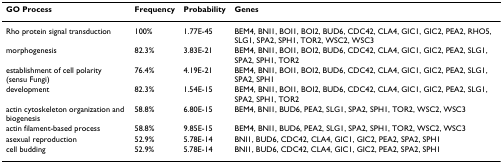
<table><thead><tr><td><b>GO Process</b></td><td><b>Frequency</b></td><td><b>Probability</b></td><td><b>Genes</b></td></tr></thead><tbody><tr><td>Rho protein signal transduction</td><td>100%</td><td>1.77E-45</td><td>BEM4, BNI1, BOI1, BOI2, BUD6, CDC42, CLA4, GIC1, GIC2, PEA2, RHO5, SLG1, SPA2, SPH1, TOR2, WSC2, WSC3</td></tr><tr><td>morphogenesis</td><td>82.3%</td><td>3.83E-21</td><td>BEM4, BNI1, BOI1, BOI2, BUD6, CDC42, CLA4, GIC1, GIC2, PEA2, SLG1, SPA2, SPH1, TOR2</td></tr><tr><td>establishment of cell polarity (sensu Fungi)</td><td>76.4%</td><td>4.19E-21</td><td>BEM4, BNI1, BOI1, BOI2, BUD6, CDC42, CLA4, GIC1, GIC2, PEA2, SLG1, SPA2, SPH1</td></tr><tr><td>development</td><td>82.3%</td><td>1.54E-15</td><td>BEM4, BNI1, BOI1, BOI2, BUD6, CDC42, CLA4, GIC1, GIC2, PEA2, SLG1, SPA2, SPH1, TOR2</td></tr><tr><td>actin cytoskeleton organization and biogenesis</td><td>58.8%</td><td>6.80E-15</td><td>BEM4, BNI1, BUD6, PEA2, SLG1, SPA2, SPH1, TOR2, WSC2, WSC3</td></tr><tr><td>actin filament-based process</td><td>58.8%</td><td>9.85E-15</td><td>BEM4, BNI1, BUD6, PEA2, SLG1, SPA2, SPH1, TOR2, WSC2, WSC3</td></tr><tr><td>asexual reproduction</td><td>52.9%</td><td>5.78E-14</td><td>BNI1, BUD6, CDC42, CLA4, GIC1, GIC2, PEA2, SPA2, SPH1</td></tr><tr><td>cell budding</td><td>52.9%</td><td>5.78E-14</td><td>BNI1, BUD6, CDC42, CLA4, GIC1, GIC2, PEA2, SPA2, SPH1</td></tr></tbody></table>